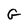
Character: G